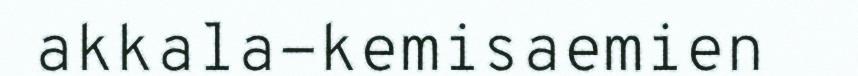
akkala-kemisaemien